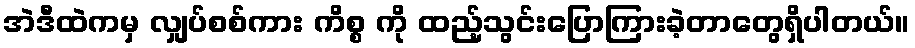
အဲဒီထဲကမှ လျှပ်စစ်ကား ကိစ္စ ကို ထည့်သွင်းပြောကြားခဲ့တာတွေရှိပါတယ်။